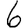
Digit: 6